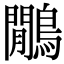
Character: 鷳